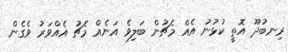
ރިނބުދޫ އޮތީ ކުޅުނު އެއް މެޗުން ބަލިވެ އަނެއް މެޗު އެއްވަރު ވެގެން